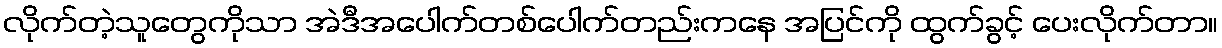
လိုက်တဲ့သူတွေကိုသာ အဲဒီအပေါက်တစ်ပေါက်တည်းကနေ အပြင်ကို ထွက်ခွင့် ပေးလိုက်တာ။